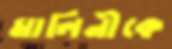
মালিনীকে